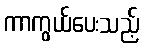
ကာကွယ်ပေးသည့်